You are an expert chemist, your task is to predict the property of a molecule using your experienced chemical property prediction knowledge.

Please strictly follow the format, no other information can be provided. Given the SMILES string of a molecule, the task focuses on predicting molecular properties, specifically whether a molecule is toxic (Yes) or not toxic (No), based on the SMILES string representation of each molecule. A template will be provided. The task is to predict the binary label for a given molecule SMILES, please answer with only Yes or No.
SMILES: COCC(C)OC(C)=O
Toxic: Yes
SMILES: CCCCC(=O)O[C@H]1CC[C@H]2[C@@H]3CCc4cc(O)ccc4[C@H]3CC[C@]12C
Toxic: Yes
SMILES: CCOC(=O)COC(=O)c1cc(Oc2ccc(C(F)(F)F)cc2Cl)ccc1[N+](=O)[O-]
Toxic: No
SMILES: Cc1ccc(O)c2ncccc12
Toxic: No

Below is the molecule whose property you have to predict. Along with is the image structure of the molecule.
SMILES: Cc1ncc(CNC(=O)N(CCCl)N=O)c(N)n1
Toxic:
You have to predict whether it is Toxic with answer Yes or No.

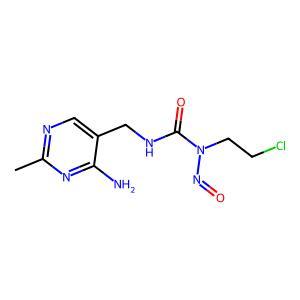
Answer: No